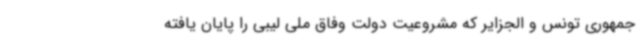
جمهوری تونس و الجزایر که مشروعیت دولت وفاق ملی لیبی را پایان یافته